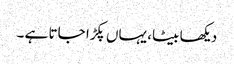
دیکھا بیٹا، یہاں پکڑا جاتا ہے ۔